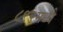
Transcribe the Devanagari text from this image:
८९२मध्ये